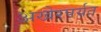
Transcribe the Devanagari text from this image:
अखेरपर्यत